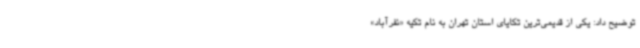
توضیح داد: یکی از قدیمی‌ترین تکایای استان تهران به نام تکیه «نفرآباد»